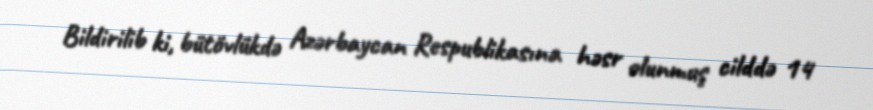
Bildirilib ki, bütövlükdə Azərbaycan Respublikasına həsr olunmuş cilddə 14